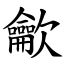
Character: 龡